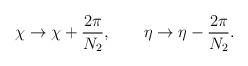
LaTeX: \begin{align*}\chi \to \chi + \frac{2 \pi}{N_2}, \qquad \eta \to \eta - \frac{2 \pi}{N_2}.\end{align*}